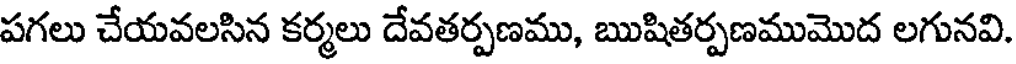
పగలు చేయవలసిన కర్మలు దేవతర్పణము, ఋషితర్పణముమొద లగునవి.